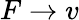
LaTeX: F\to v